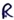
Text: R